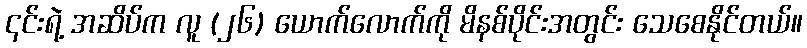
၎င်းရဲ့ အဆိပ်က လူ (၂၆) ယောက်လောက်ကို မိနစ်ပိုင်းအတွင်း သေစေနိုင်တယ်။